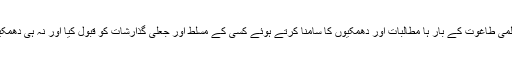
انہوں نے زمان اور مکان کے تمام مشکلات اور امتحانی شرائط کیساتھ ساتھ عالمی طاغوت کے بار ہا مطالبات اور دھمکیوں کا سامنا کرتے ہوئے کسی کے مسلط اور جعلی گذارشات کو قبول کیا اور نہ ہی دھمکیوں، خوف، ملکی و غیرملکی سازشوں اور دباؤ نے ان کے عزم کو متزلزل کیا۔